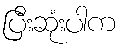
ပြီးဆုံးပါက